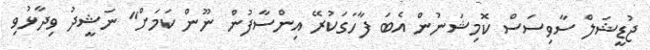
ޖުޑީޝަލް ސާވިސަސް ކޮމިޝަނުން އެބަ ފާހަގަކުރޭ އިންސާފުން ނޫން ކަމަށް" ނަޝީދު ވިދާޅުވި